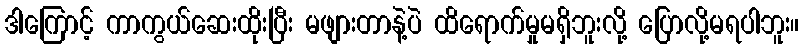
ဒါကြောင့် ကာကွယ်ဆေးထိုးပြီး မဖျားတာနဲ့ပဲ ထိရောက်မှုမရှိဘူးလို့ ပြောလို့မရပါဘူး။